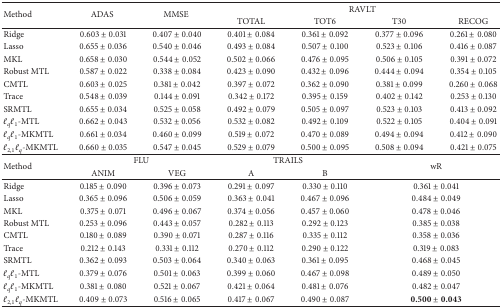
<table><thead><tr><td rowspan="2"><b>Method </b></td><td rowspan="2"><b>ADAS </b></td><td rowspan="2"><b>MMSE </b></td><td colspan="4"><b>RAVLT </b></td></tr><tr><td><b>TOTAL </b></td><td><b>TOT6 </b></td><td><b>T30 </b></td><td><b>RECOG </b></td></tr></thead><tbody><tr><td>Ridge</td><td>0.603 ± 0.031</td><td>0.407 ± 0.040</td><td>0.401 ± 0.084</td><td>0.361 ± 0.092</td><td>0.377 ± 0.096</td><td>0.261 ± 0.080</td></tr><tr><td>Lasso</td><td>0.655 ± 0.036</td><td>0.540 ± 0.046</td><td>0.493 ± 0.084</td><td>0.507 ± 0.100</td><td>0.523 ± 0.106</td><td>0.416 ± 0.087</td></tr><tr><td>MKL</td><td>0.658 ± 0.030</td><td>0.544 ± 0.052</td><td>0.502 ± 0.066</td><td>0.476 ± 0.095</td><td>0.506 ± 0.105</td><td>0.391 ± 0.072</td></tr><tr><td>Robust MTL</td><td>0.587 ± 0.022</td><td>0.338 ± 0.084</td><td>0.423 ± 0.090</td><td>0.432 ± 0.096</td><td>0.444 ± 0.094</td><td>0.354 ± 0.105</td></tr><tr><td>CMTL</td><td>0.603 ± 0.025</td><td>0.381 ± 0.042</td><td>0.397 ± 0.072</td><td>0.362 ± 0.090</td><td>0.381 ± 0.099</td><td>0.260 ± 0.068</td></tr><tr><td>Trace</td><td>0.548 ± 0.039</td><td>0.144 ± 0.091</td><td>0.342 ± 0.172</td><td>0.395 ± 0.159</td><td>0.402 ± 0.142</td><td>0.253 ± 0.130</td></tr><tr><td>SRMTL</td><td>0.655 ± 0.034</td><td> 0.525 ± 0.058</td><td>0.492 ± 0.079</td><td>0.505 ± 0.097</td><td>0.523 ± 0.103</td><td>0.413 ± 0.092</td></tr><tr><td><i>l</i><sub><i>q</i></sub><i>l</i><sub>1</sub>-MTL</td><td>0.662 ± 0.043</td><td>0.532 ± 0.056</td><td>0.532 ± 0.082</td><td>0.492 ± 0.109</td><td>0.522 ± 0.105</td><td>0.404 ± 0.091</td></tr><tr><td><i>l</i><sub><i>q</i></sub><i>l</i><sub>1</sub>-MKMTL</td><td>0.661 ± 0.034</td><td>0.460 ± 0.099</td><td>0.519 ± 0.072</td><td>0.470 ± 0.089</td><td>0.494 ± 0.094</td><td>0.412 ± 0.090</td></tr><tr><td><i>l</i><sub>2,1</sub><i>l</i><sub><i>q</i></sub>-MKMTL</td><td>0.660 ± 0.035</td><td>0.547 ± 0.045</td><td>0.529 ± 0.079</td><td>0.500 ± 0.095</td><td>0.508 ± 0.094</td><td>0.421 ± 0.075</td></tr><tr><td rowspan="2">Method</td><td colspan="2">FLU</td><td colspan="2">TRAILS</td><td rowspan="2" colspan="2">wR</td></tr><tr><td>ANIM</td><td>VEG</td><td>A</td><td>B</td></tr><tr><td>Ridge</td><td>0.185 ± 0.090</td><td>0.396 ± 0.073</td><td>0.291 ± 0.097</td><td>0.330 ± 0.110</td><td colspan="2">0.361 ± 0.041</td></tr><tr><td>Lasso</td><td>0.365 ± 0.096</td><td>0.506 ± 0.059</td><td>0.363 ± 0.041</td><td>0.467 ± 0.096</td><td colspan="2">0.484 ± 0.049</td></tr><tr><td>MKL</td><td>0.375 ± 0.071</td><td>0.496 ± 0.067</td><td>0.374 ± 0.056</td><td>0.457 ± 0.060</td><td colspan="2">0.478 ± 0.046</td></tr><tr><td>Robust MTL</td><td>0.253 ± 0.096</td><td>0.443 ± 0.057</td><td>0.282 ± 0.113</td><td>0.292 ± 0.123</td><td colspan="2">0.385 ± 0.038</td></tr><tr><td>CMTL</td><td>0.180 ± 0.089</td><td>0.390 ± 0.071</td><td>0.287 ± 0.116</td><td>0.335 ± 0.112</td><td colspan="2">0.358 ± 0.036</td></tr><tr><td>Trace</td><td>0.212 ± 0.143</td><td>0.331 ± 0.112</td><td>0.270 ± 0.112</td><td>0.290 ± 0.122</td><td colspan="2">0.319 ± 0.083</td></tr><tr><td>SRMTL</td><td>0.362 ± 0.093</td><td>0.503 ± 0.064</td><td>0.340 ± 0.063</td><td>0.361 ± 0.095</td><td colspan="2">0.468 ± 0.045</td></tr><tr><td><i>l</i><sub><i>q</i></sub><i>l</i><sub>1</sub>-MTL</td><td>0.379 ± 0.076</td><td>0.501 ± 0.063</td><td>0.399 ± 0.060</td><td>0.467 ± 0.098</td><td colspan="2">0.489 ± 0.050</td></tr><tr><td><i>l</i><sub><i>q</i></sub><i>l</i><sub>1</sub>-MKMTL</td><td>0.381 ± 0.080</td><td>0.521 ± 0.067</td><td>0.421 ± 0.064</td><td>0.481 ± 0.076</td><td colspan="2">0.482 ± 0.047</td></tr><tr><td><i>l</i><sub>2,1</sub><i>l</i><sub><i>q</i></sub>-MKMTL</td><td>0.409 ± 0.073</td><td>0.516 ± 0.065</td><td>0.417 ± 0.067</td><td>0.490 ± 0.087</td><td colspan="2"><b>0.500</b> ± <b>0.043</b></td></tr></tbody></table>